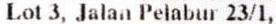
LOT 3, JALAN PELABUR 23/1,